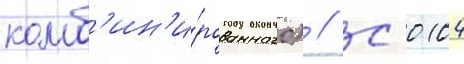
комб'ин'и́рованного) // С 0104